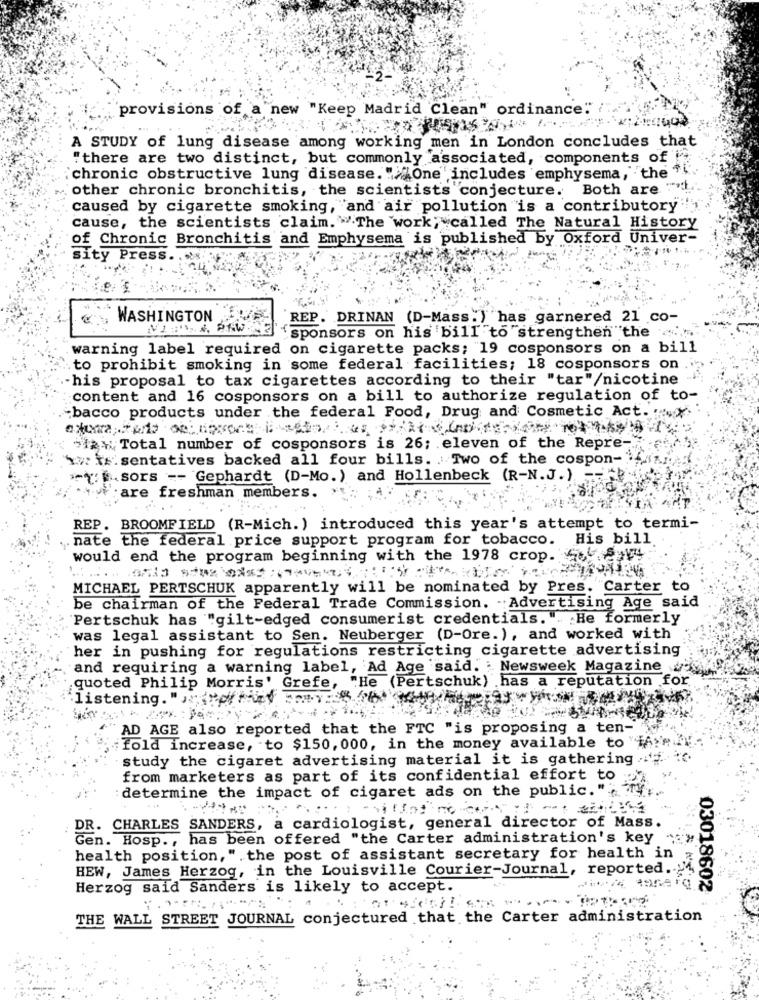
provisions of a new "Keep Madrid Clean" ordinance:"
A STUDY of lung disease among working men in London concludes that
"there are two distinct, but commonly associated, components of
chronic obstructive lung disease. ">One ' includes emphysema, the'
other chronic bronchitis, the scientists conjecture. Both are ".
caused by cigarette smoking, and air pollution is a contributory
cause, the scientists claim. "The work; "called The Natural History
of Chronic Bronchitis and Emphysema is published by Oxford Univer-
sity Press.
WASHINGTON
REP. DRINAN (D-Mass") has garnered 21 co-
"sponsors on his 'bill to "strengthen the
warning label required on cigarette packs; 19 cosponsors on a bill
to prohibit smoking in some federal facilities; 18 cosponsors on
his proposal to tax cigarettes according to their "tar"/nicotine
content and 16 cosponsors on a bill to authorize regulation of to-
:bacco products under the federal Food, Drug and Cosmetic Act. ...
+12 % Total number of cosponsors is 26; eleven of the Repre -.
ww xx sentatives backed all four bills. . Two of the cospon-
-{ sors -- Gephardt (D-Mo.) and Hollenbeck (R-N.J.)
:are freshman members.
REP. BROOMFIELD (R-Mich. ) introduced this year's attempt to termi-
. nate the federal price support program for tobacco.
His bill
would end the program beginning with the 1978 crop. o.S y
MICHAEL PERTSCHUK apparently will be nominated by Pres. Carter to
be chairman of the Federal Trade Commission. Advertising Age said
Pertschuk has "gilt-edged consumerist credentials. ". He formerly
was legal assistant to Sen. Neuberger (D-Ore. ), and worked with
her in pushing for regulations restricting cigarette advertising
and requiring a warning label, Ad Age said. Newsweek Magazine "
quoted Philip Morris' Grefe, "He (Pertschuk) .has a reputation for
listening. "" find MY
Ag :
AD AGE also reported that the FTC "is proposing a ten-
;fold increase, to $150, 000, in the money available to "
study the cigaret advertising material it is gathering
from marketers as part of its confidential effort to
determine the impact of cigaret ads on the public."
DR. CHARLES SANDERS, a cardiologist, general director of Mass.
Gen. Hosp ., has been offered "the Carter administration's key
health position, ". the post of assistant secretary for health in
HEW, James Herzog, in the Louisville Courier-Journal, reported ..
Herzog said Sanders is likely to accept.
03018602
THE WALL STREET JOURNAL conjectured that the Carter administration